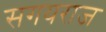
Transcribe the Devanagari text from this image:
सगयराज